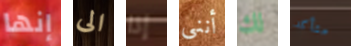
إنها الى إذا أنني لك متأكد